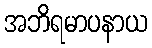
အဘိရမာပနာယ